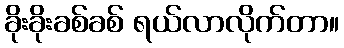
ခိုးခိုးခစ်ခစ် ရယ်လာလိုက်တာ။